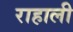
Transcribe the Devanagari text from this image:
राहाली